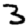
Digit: 3